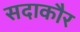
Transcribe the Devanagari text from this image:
सदाकौर